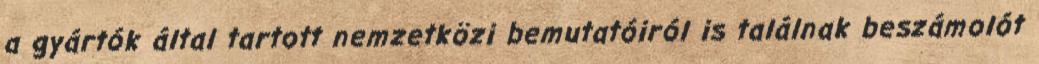
a gyártók által tartott nemzetközi bemutatóiról is találnak beszámolót